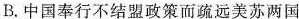
B.中国奉行不结盟政策而疏远美苏两国